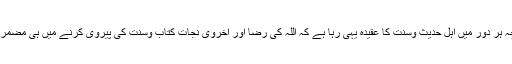
چنانچہ ہر دور میں اہل حدیث وسنت کا عقیدہ یہی رہا ہے کہ اللہ کی رضا اور اخروی نجات کتاب وسنت کی پیروی کرنے میں ہی مضمر ہے ۔